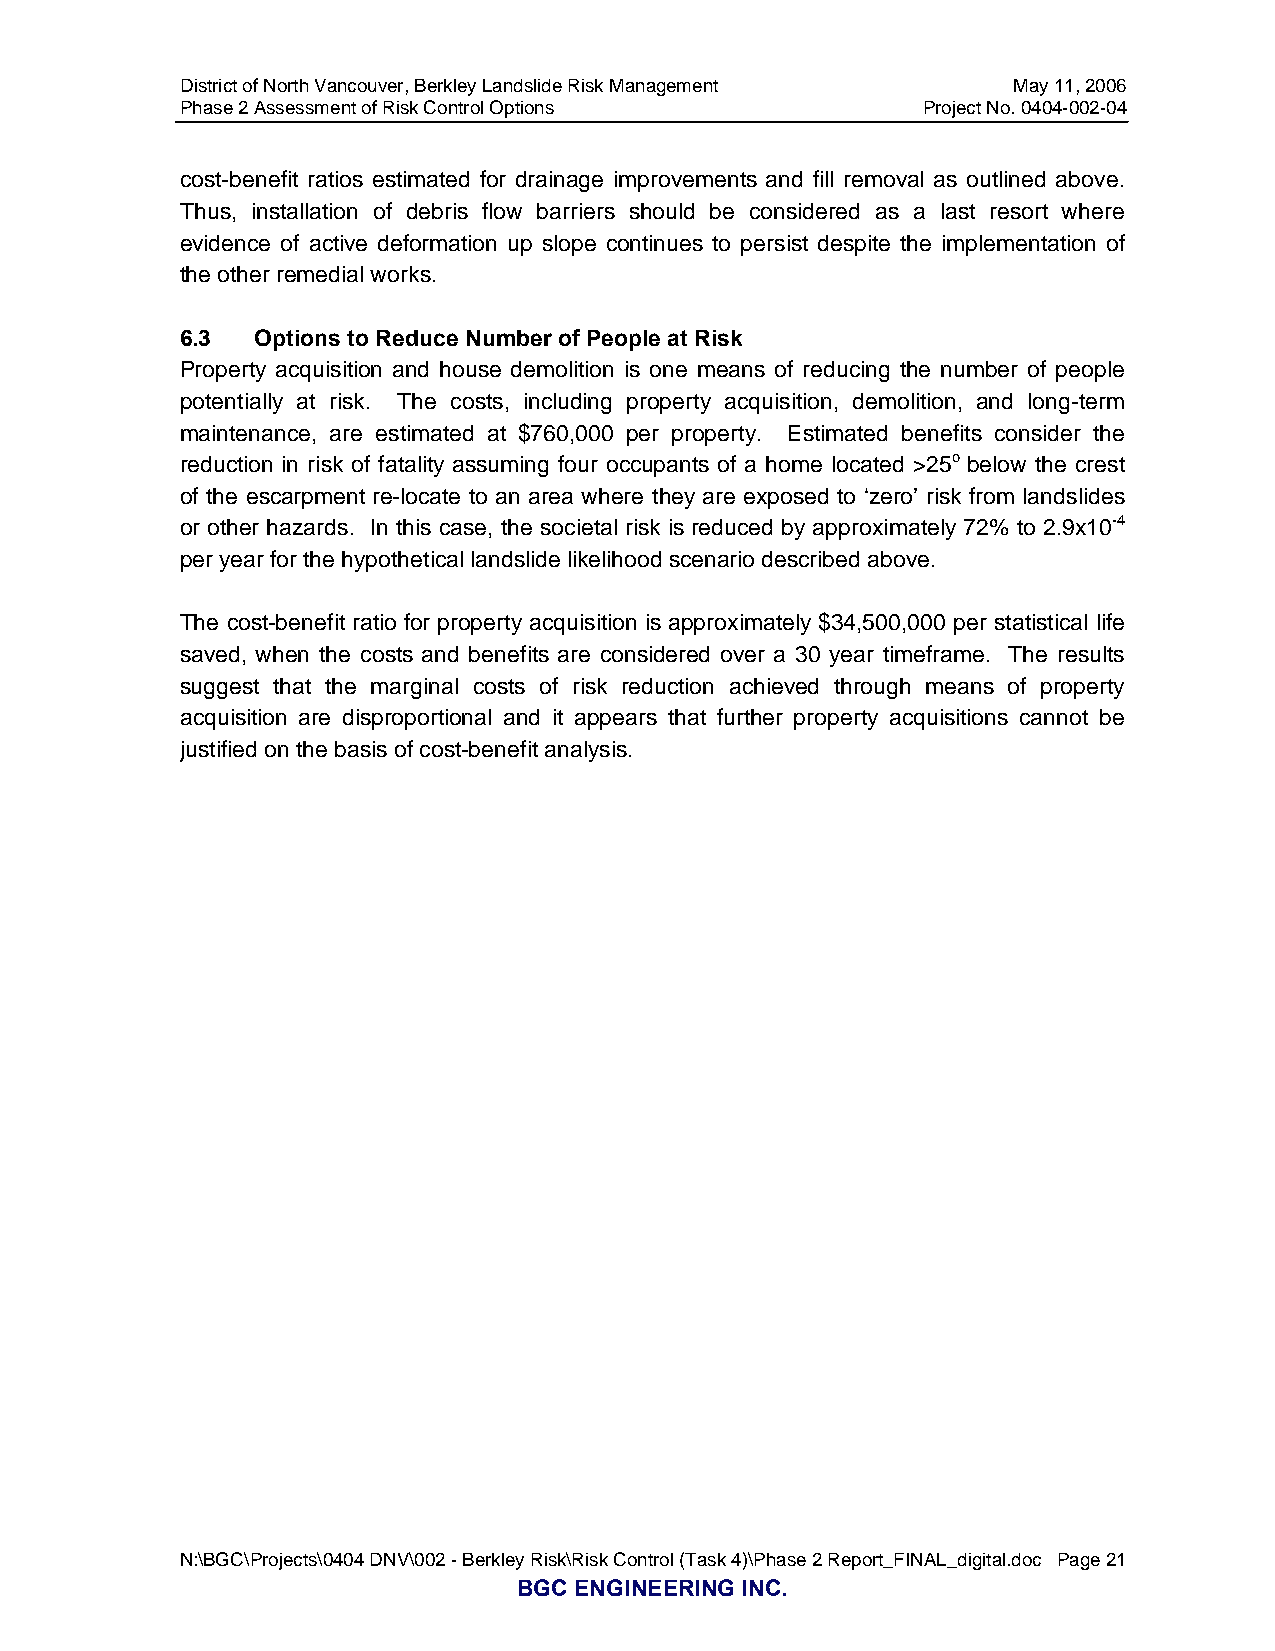
District of North Vancouver, Berkley Landslide Risk Management May 11, 2006
 Phase 2 Assessment of Risk Control Options       Project No. 0404-002-04
 cost-benefit ratios estimated for drainage improvements and fill removal as outlined above.
 Thus, installation of debris flow barriers should be considered as a last resort where
 evidence of active deformation up slope continues to persist despite the implementation of
 the other remedial works.
 6.3  Options to Reduce Number of People at Risk
 Property acquisition and house demolition is one means of reducing the number of people
 potentially at risk. The costs, including property acquisition, demolition, and long-term
 maintenance, are estimated at $760,000 per property. Estimated benefits consider the
 reduction in risk of fatality assuming four occupants of a home located >25o below the crest
 of the escarpment re-locate to an area where they are exposed to ‘zero’ risk from landslides
 or other hazards. In this case, the societal risk is reduced by approximately 72% to 2.9x10-4
 per year for the hypothetical landslide likelihood scenario described above.
 The cost-benefit ratio for property acquisition is approximately $34,500,000 per statistical life
 saved, when the costs and benefits are considered over a 30 year timeframe. The results
 suggest that the marginal costs of risk reduction achieved through means of property
 acquisition are disproportional and it appears that further property acquisitions cannot be
 justified on the basis of cost-benefit analysis.
 N:\BGC\Projects\0404 DNV\002 - Berkley Risk\Risk Control (Task 4)\Phase 2 Report_FINAL_digital.doc Page 21
 BGC ENGINEERING INC.